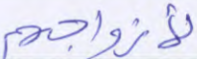
لأزواجهم